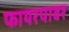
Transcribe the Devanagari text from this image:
फायरपावर